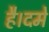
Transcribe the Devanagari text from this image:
है।दमे